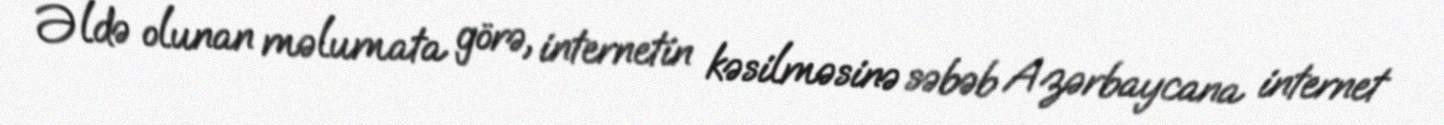
Əldə olunan məlumata görə, internetin kəsilməsinə səbəb Azərbaycana internet